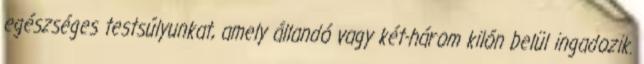
egészséges testsúlyunkat, amely állandó vagy két-három kilón belül ingadozik.